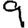
Digit: 9